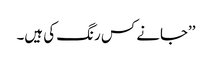
’’جانے کس رنگ کی ہیں۔